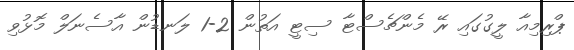
ޕްރިމިއާ ލީގުގައި ރޭ މެންޗެސްޓާ ސިޓީ އަތުން 2-1 ލަނޑުން އާސެނަލް މޮޅުވި